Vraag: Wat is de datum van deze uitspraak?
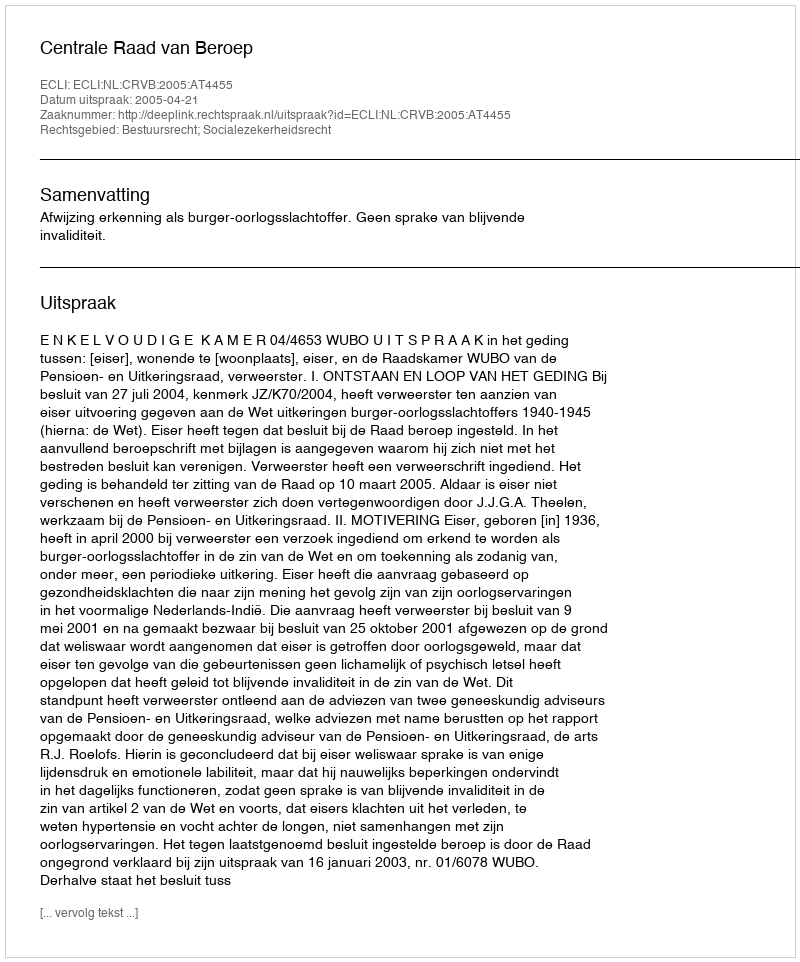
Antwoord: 2005-04-21